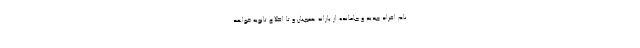
نام افراد جدید و جامانده از یارانه همچنان و تا اطلاع ثانویه خواهد